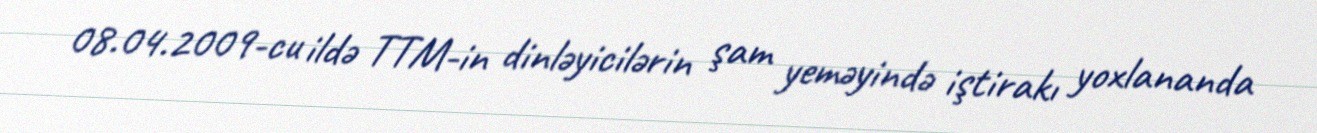
08.04.2009-cu ildə TTM-in dinləyicilərin şam yeməyində iştirakı yoxlananda